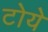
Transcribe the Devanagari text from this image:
टोये